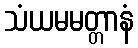
သံယမမတ္တာနံ